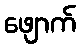
ဖျောက်